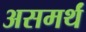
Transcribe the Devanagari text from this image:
असमर्थं